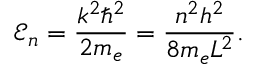
\mathcal { E } _ { n } = \frac { k ^ { 2 } \hbar ^ { 2 } } { 2 m _ { e } } = \frac { n ^ { 2 } h ^ { 2 } } { 8 m _ { e } L ^ { 2 } } .